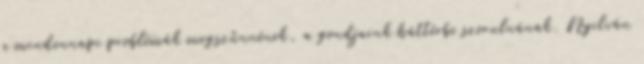
a mindennapi problémák megszűnnének, a gondjaink háttérbe szorulnának. Nyilván